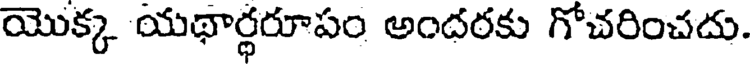
యొక్క యథార్థరూపం అందరకు గోచరించదు.